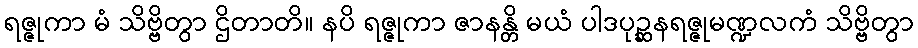
ရဇ္ဇုကာ မံ သိဗ္ဗိတွာ ဌိတာတိ။ နပိ ရဇ္ဇုကာ ဇာနန္တိ မယံ ပါဒပုဉ္ဆနရဇ္ဇုမဏ္ဍလကံ သိဗ္ဗိတွာ